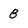
Character: 8